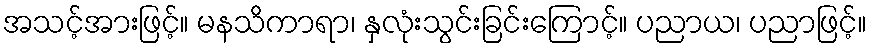
အသင့်အားဖြင့်။ မနသိကာရာ၊ နှလုံးသွင်းခြင်းကြောင့်။ ပညာယ၊ ပညာဖြင့်။